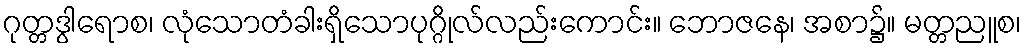
ဂုတ္တဒွါရောစ၊ လုံသောတံခါးရှိသောပုဂ္ဂိုလ်လည်းကောင်း။ ဘောဇနေ၊ အစာ၌။ မတ္တညူစ၊